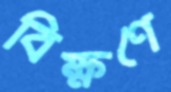
বিক্ষণে